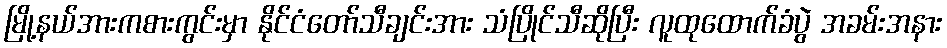
မြို့နယ်အားကစားကွင်းမှာ နိုင်ငံတော်သီချင်းအား သံပြိုင်သီဆိုပြီး လူထုထောက်ခံပွဲ အခမ်းအနား